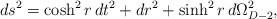
\begin{align*}ds^2 = \cosh^2 r\, dt^2 + dr^2 + \sinh^2 r \, d\Omega_{D-2}^2,\end{align*}